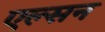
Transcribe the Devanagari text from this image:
एल्सन